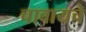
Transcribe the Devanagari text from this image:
चावायचे